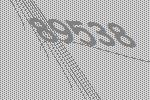
89538